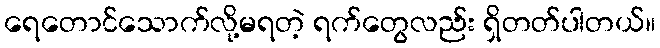
ရေတောင်သောက်လို့မရတဲ့ ရက်တွေလည်း ရှိတတ်ပါတယ်။